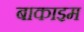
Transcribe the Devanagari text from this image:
बाकाइम